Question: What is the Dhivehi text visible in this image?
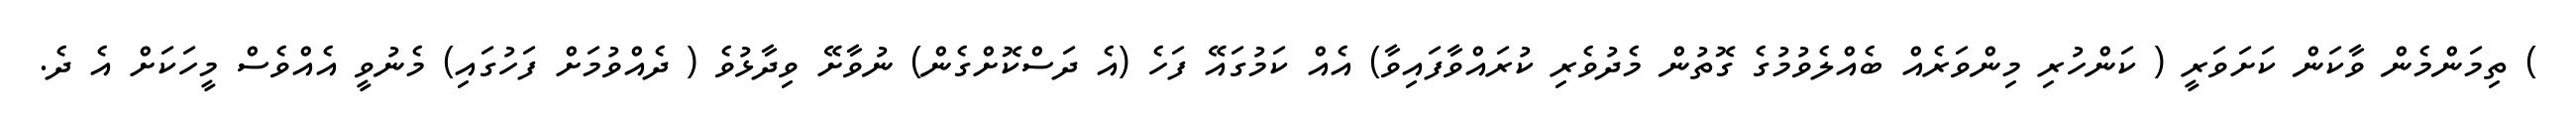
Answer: ) ތިމަންމެން ވާކަން ކަށަވަރީ ( ކަންހުރި މިންވަރެއް ބެއްލެވުމުގެ ގޮތުން މެދުވެރި ކުރައްވާފައިވާ) އެއް ކަމުގައޭ ފަހެ (އެ ދަސްކޮށްގެން) ނުވާށޭ ވިދާޅުވެ ( ދެއްވުމަށް ފަހުގައި) މެނުވީ އެއްވެސް މީހަކަށް އެ ދެ.